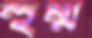
হুম্ম